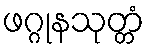
ဖဂ္ဂုနသုတ္တံ